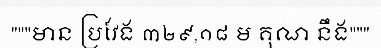
"""មាន ប្រវែង ៣២៩,១៨ ម គុណ នឹង"""